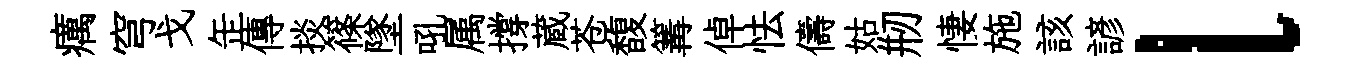
癘穹戈𦈢傳掞篠墜吼属撐蔵苍馥篝倬怯儔姑剏悽施該諺l